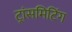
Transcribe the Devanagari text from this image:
ट्रांसमिटिंग